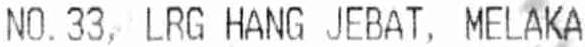
NO.33, LRG HANG JEBAT, MELAKA